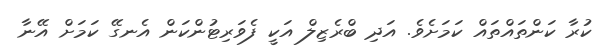
ކުރާ ކަންތައްތައް ކަމަށެވެ. އަދި ބްރެޒިލް އަކީ ފެވަރިޓުންކަން އެނގޭ ކަމަށް އޭނާ